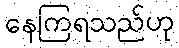
နေကြရသည်ဟု